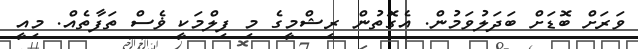
ވަރަށް ބޮޑަށް ބަދަލުވަމުން. އެގޮތުން ރިޝްމީގެ މި ފިލްމަކީ ޥެސް ތަފާތެއް. މިއީ